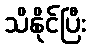
သိနိုင်ပြီး